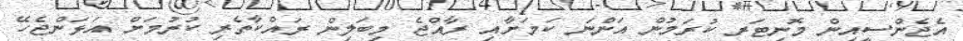
އެޖެންސީއިން މޮނިޓަރ ކުރަމުން އަންނަ ކަމަށާއި ރާއްޖެ މިބަލިން ރައްކާތެރި ކުރުމަށް އަޅަންޖެހޭ